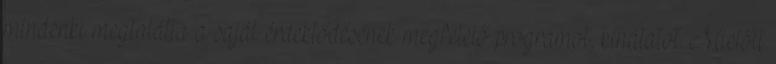
mindenki megtalálta a saját érdeklődésének megfelelő programot, kínálatot. Mielőtt